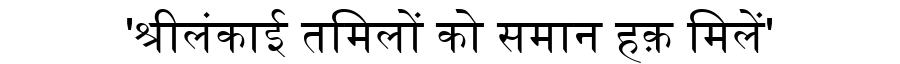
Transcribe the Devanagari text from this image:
'श्रीलंकाई तमिलों को समान हक़ मिलें'